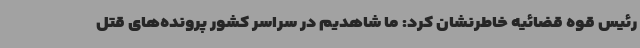
رئیس قوه قضائیه خاطرنشان کرد: ما شاهدیم در سراسر کشور پرونده‌های قتل